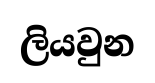
ලියවුන